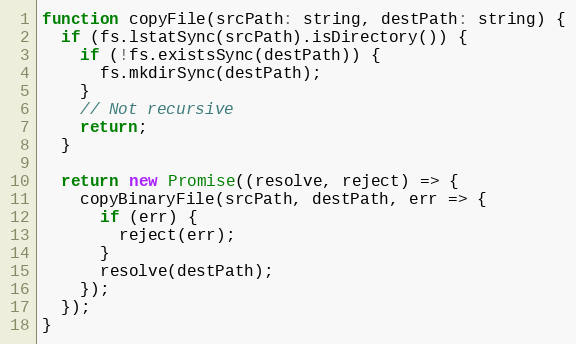
Language: JavaScript
function copyFile(srcPath: string, destPath: string) {
  if (fs.lstatSync(srcPath).isDirectory()) {
    if (!fs.existsSync(destPath)) {
      fs.mkdirSync(destPath);
    }
    // Not recursive
    return;
  }

  return new Promise((resolve, reject) => {
    copyBinaryFile(srcPath, destPath, err => {
      if (err) {
        reject(err);
      }
      resolve(destPath);
    });
  });
}